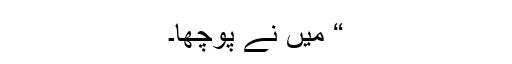
“ میں نے پوچھا۔